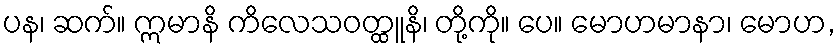
ပန၊ ဆက်။ ဣမာနိ ကိလေသဝတ္ထူနိ၊ တို့ကို။ ပေ။ မောဟမာနာ၊ မောဟ,